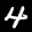
Label: 4